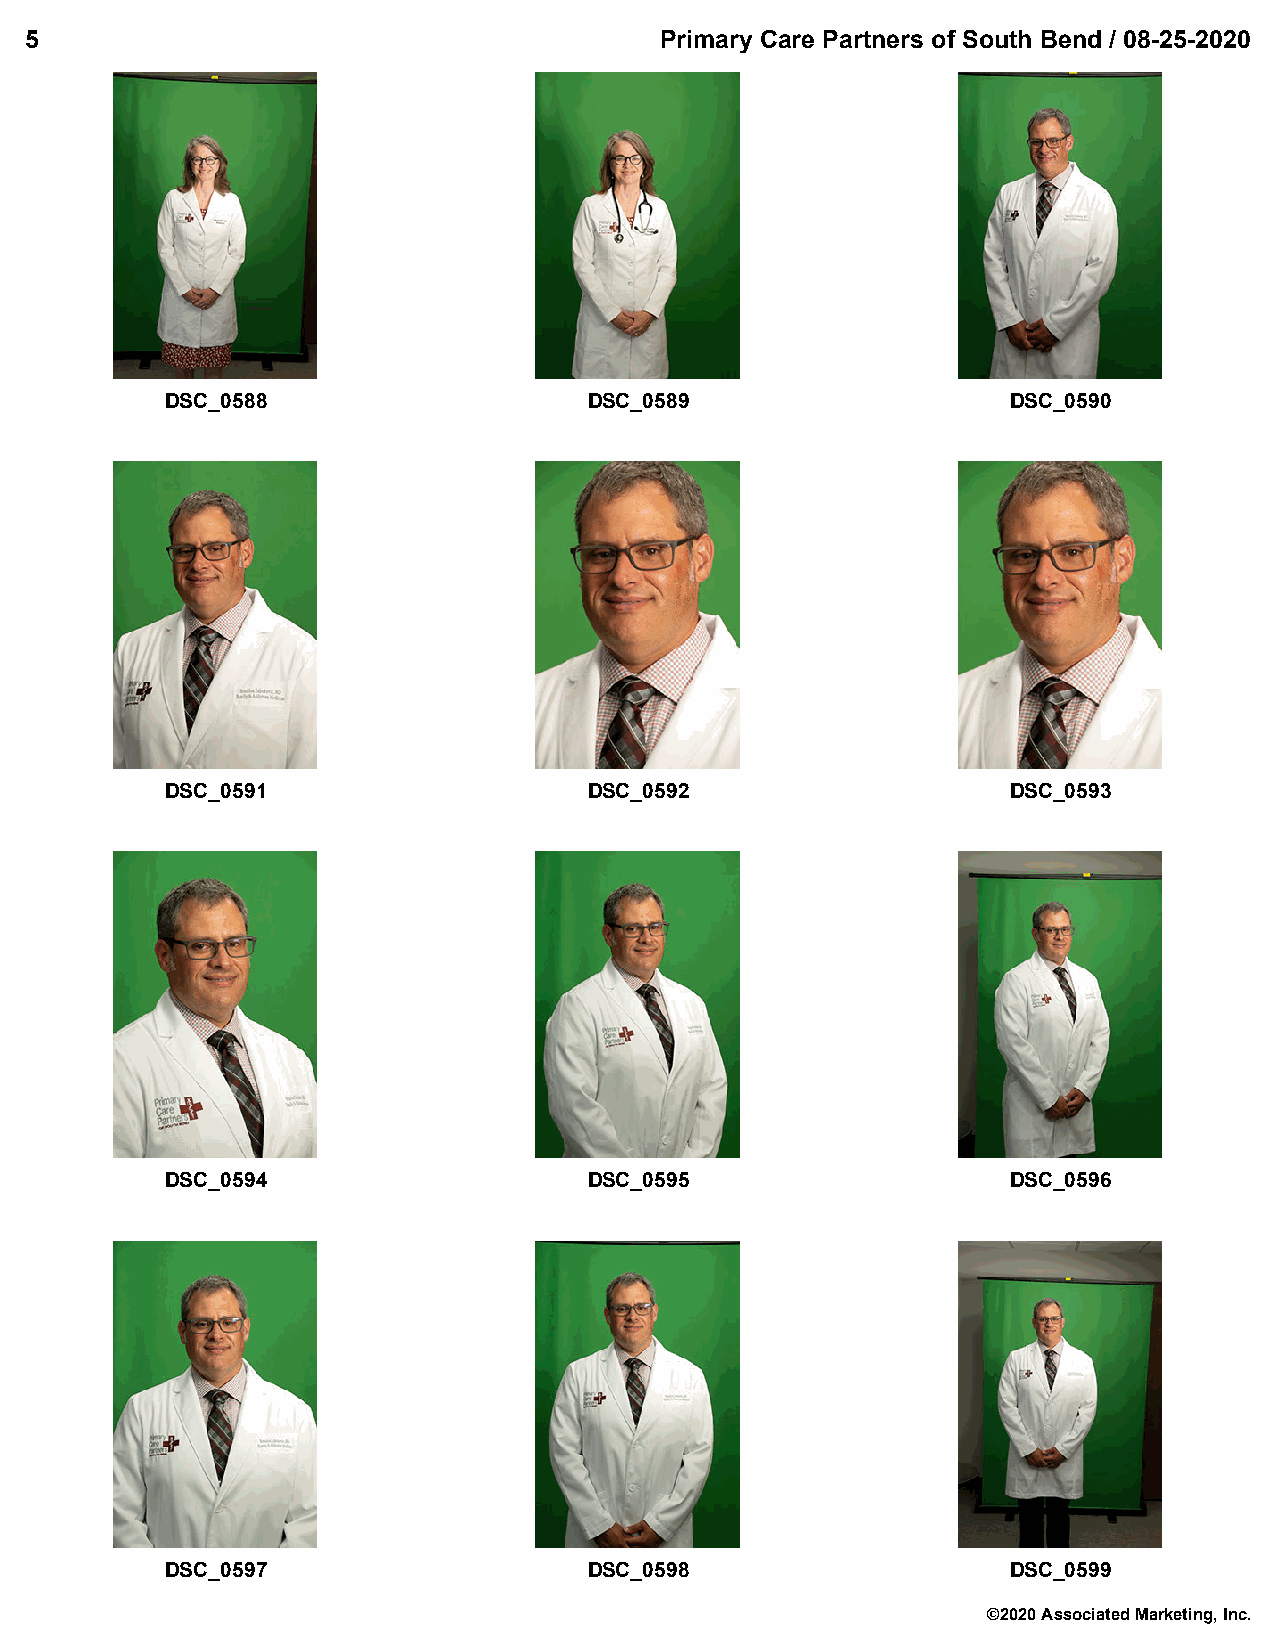
5                                         Primary Care Partners of South Bend / 08-25-2020
 DSC_0588                    DSC_0589                    DSC_0590
 DSC_0591                    DSC_0592                    DSC_0593
 DSC_0594                    DSC_0595                    DSC_0596
 DSC_0597                    DSC_0598                    DSC_0599
 ©2020 Associated Marketing, Inc.